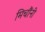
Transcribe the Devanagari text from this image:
मिचौंनी